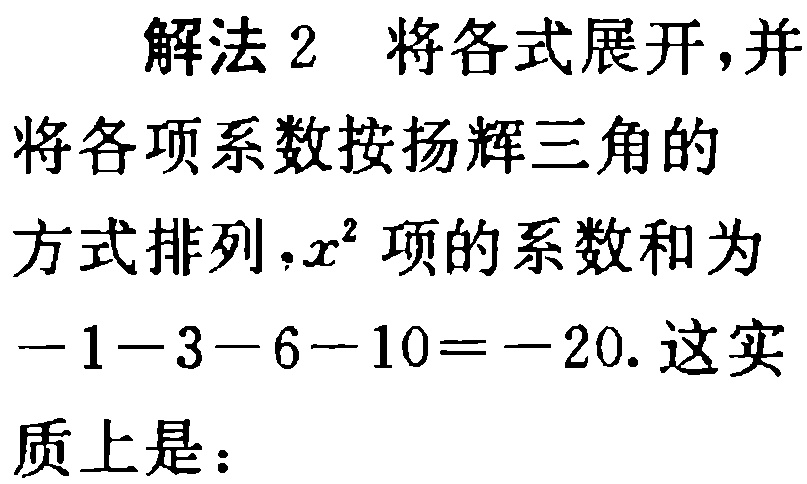
解法 2 将各式展开,并
将各项系数按扬辉三角的
方式排列,$x^{2}$项的系数和为
$-1 - 3 - 6 - 10 = - 20$. 这实
质上是：